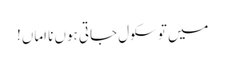
میں تو سکول جاتی ہوں نا اماں!